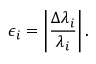
\epsilon _ { i } = \left| \frac { \Delta \lambda _ { i } } { \lambda _ { i } } \right| .